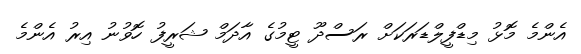
އެންމެ މޮޅު މިޑްފީލްޑަރަކަށް ރަސްދޫ ޓީމުގެ އާދަމް ޝަރީފު ހޮވުނު އިރު އެންމެ